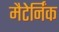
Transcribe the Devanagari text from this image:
मैटेर्निंक